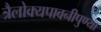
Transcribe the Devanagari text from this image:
त्रैलोक्यपावनीपुण्या